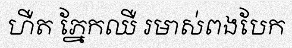
ហឺត ភ្នែកឈឺ រមាស់ពងបែក